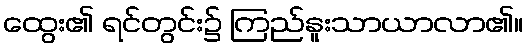
ထွေး၏ ရင်တွင်း၌ ကြည်နူးသာယာလာ၏။